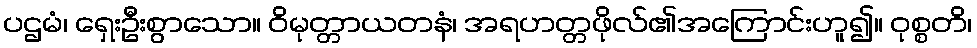
ပဌမံ၊ ရှေးဦးစွာသော။ ဝိမုတ္တာယတနံ၊ အရဟတ္တဖိုလ်၏အကြောင်းဟူ၍။ ဝုစ္စတိ၊